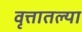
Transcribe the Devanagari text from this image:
वृत्तातल्या